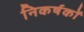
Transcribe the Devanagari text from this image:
निकर्षकों